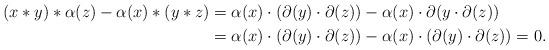
LaTeX: \begin{align*}(x\ast y)\ast\alpha(z)-\alpha(x)\ast(y\ast z)&=\alpha(x)\cdot (\partial(y)\cdot\partial(z))-\alpha(x)\cdot\partial(y\cdot\partial(z)) \\&=\alpha(x)\cdot (\partial(y)\cdot\partial(z))-\alpha(x)\cdot(\partial(y)\cdot\partial(z))=0.\end{align*}